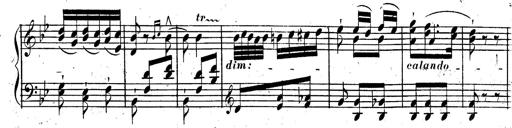
Title: Rondeau fantastique sur un thÃ¨me espagnol
Composer: Franz Liszt